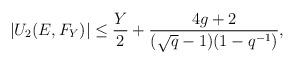
LaTeX: \begin{align*}\vert U_2(E,F_Y)\vert \leq \frac{Y}{2}+\frac{4g+2}{(\sqrt{q}-1)(1-q^{-1})},\end{align*}